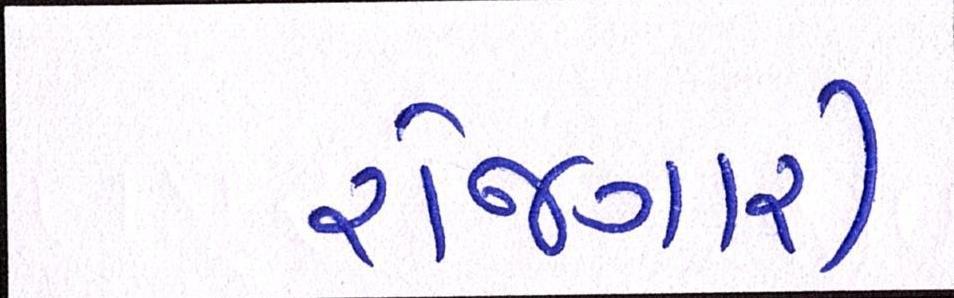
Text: રોજગારી